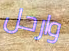
وارحل